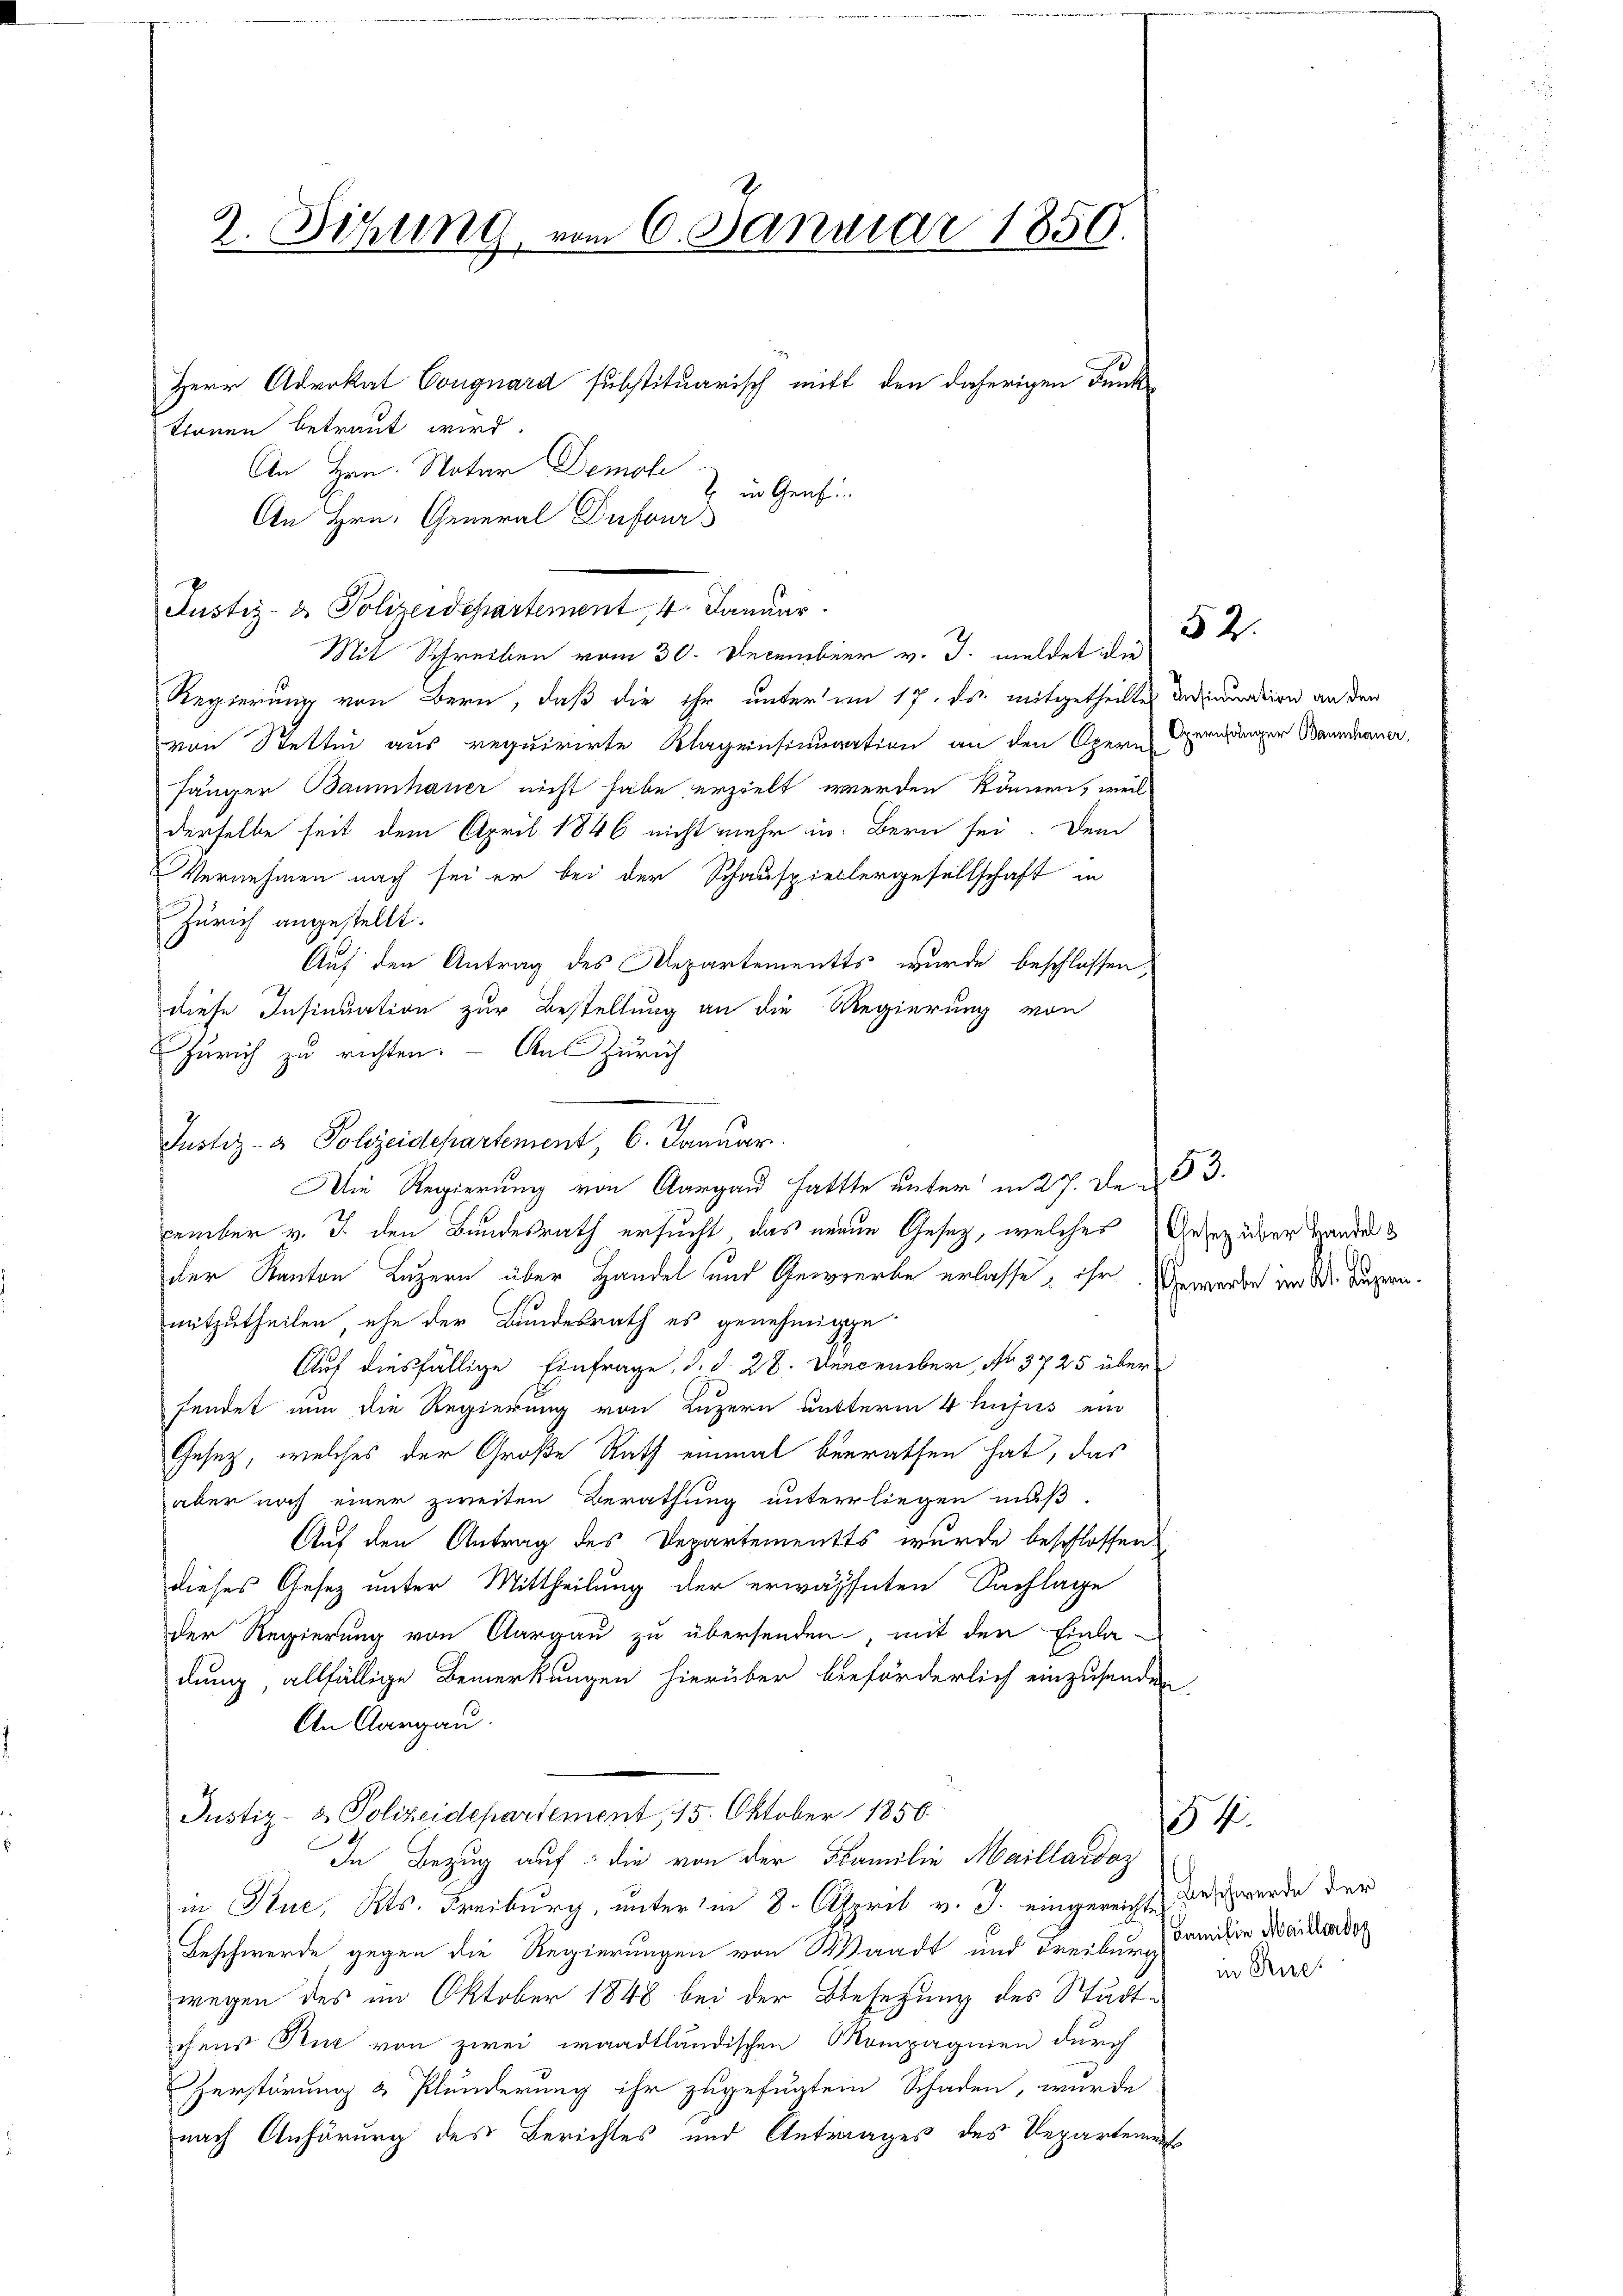
2. Sitzung vom 6. Januar 1850.
Herr Advokat Congnard substituarisch mitt den daherigen Funk
Stonen betraut wird.
An Hrn. Notar Demoli

An Hrn. General Dufours
Justiz- & Polizeidepartement, 4. Januar.
Mit Schreiben vom 30. December v. J. meldet die
Regierung von Bern, daß die ihr unter im 17. ds. mitgetheilten Drinuation an den
von Stettin aus requirirte Klagensinuation an den Opern ergänger Baumauer,
hänger Baumhauer nicht habe erzielt werden können, weil
derselbe seit dem April 1846 nicht mehr in Bern sei. Dem
Vernehmen nach sei er bei der Schauspiellergesellschaft in
Zürich angestellt.
Auf den Antrag des Repartementes wurde beschlossen,
diese Insinuation zur Bestellung an die Regierung von
Zürich zu richten. - Aus Zürich
Die Regierung von Aargau hatte unter in 27. Den 53.
cember v. J. den Bundesrath ersucht, das neuen Gesetz, welches Gesetz über Handels
der Kanton Luzern über Handel und Gewerbe erlasse, ihr Gewerbe im Dr. Luzern.
mitzutheilen, ehe der Bundesrath es genehmige
Auf diesfällige Einfrage, d. d. 28. December, No. 3725 über
sendet nun die Regierung von Luzern nutterm 4. hujus ein
Gesetz, welches der Große Rath einmal benrathen hat, das
aber noch einer zweiten Berathung unterliegen muß.
Auf den Antrag des Departements wurde beschlossen,
dieses Gesetz unter Mittheilung der erwähnten Sachlage
der Regierung von Aargau zu übersenden, mit den Einla-
dung allfällige Bemerkungen hierüber beeförderlich einzusenden
An Aargau.
Justiz- & Polizeidepartement, 15. Oktober 1850.
In Bezug auf: die von der Familie Maillardaz
in Kuc, Kts. Freiburg, unterm 8. April v. J. eingereichte Beschwerde der
Beschwerde gegen die Regierungen von Waadt und Freibung damitin Mailandor
wegen des im Oktober 1848 bei der Besetzung des Stadtchens Kur von zwei waadtländischen Kompagnien durch
Zerstörung & Plunderung ihr zugefügtem Schaden, wurde
nach Anhörung des Berichtes und Antrages des Departemen

Justiz- & Polizeidepartement, 6. Januar.

2 in Genf

52.

54

in Rue